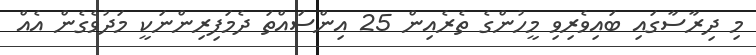
މި ދިރާސާގައި ބައިވެރިވި މީހުންގެ ތެރެއިން 25 އިންސައްތަ ދެމަފިރިންނަކީ މަދުވެގެން އެއް